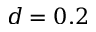
d = 0 . 2